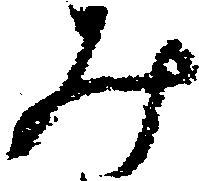
み